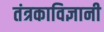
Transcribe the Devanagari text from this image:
तंत्रकाविज्ञानी